Report on vaccination in Madras 1877-1894 - 1877-1894
Year: 1877
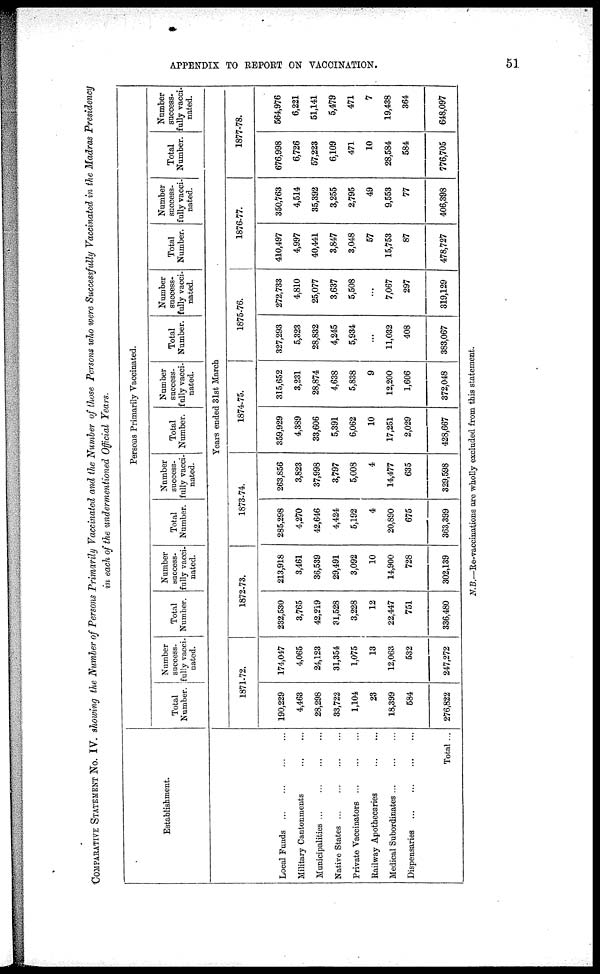
APPENDIX TO REPORT ON VACCINATION.
51
COMPARATIVE STATEMENT NO. IV. showing the Number of Persons Primarily Vaccinated and the Number of those Persons who were Successfully Vaccinated in the Madras Presidency
in each of the undermentioned Official Years.
Establishment.
Local Funds
...
...
...
...
Military Cantonments
...
...
Municipalities
...
...
...
...
Native States
...
...
...
...
Private Vaccinators
...
...
...
Railway Apothecaries
...
...
Medical Subordinates
...
...
...
Dispensaries
...
...
...
...
Total ...
Persons Primarily Vaccinated.
Total
Number.
Number
success-
fully vacci-
nated.
Total
Number.
Number
success-
fully vacci-
nated.
Total
Number.
Number
success-
fully vacci-
nated.
Total
Number.
Number
success-
fully vacci-
nated.
Total
Number.
Number
success-
fully vacci-
nated.
Total
Number.
Number
success-
fully vacci-
nated.
Total
Number.
Number
success-
fully vacci-
nated.
Years ended 31st March
1871-72.
190,229
4,463
28,298
33,722
1,104
23
18,399
584
276,822
174,047
4,065
24,123
31,354
1,075
13
12,063
532
247,272
1872.73.
232,530
3,765
42,219
31,528
3,228
12
22,447
751
336,480
213,918
3,461
36,539
29,491
3,092
10
14,900
728
302,139
1873-74.
285,298
4,270
42,646
4,424
5,192
4
20,890
675
363,399
263,856
3,823
37,998
3,797
5,008
4
14,477
635
329,598
1874-75.
359,929
4,389
33,606
5,391
6,062
10
17,251
2,029
428,667
315,652
3,231
28,874
4,638
5,838
9
12,200
1,606
372,048
1875-76.
327,293
5,323
28,832
4,245
5,934
...
11,032
408
383,067
272,738
4,810
25,077
3,637
5,508
...
7,067
297
319,129
1876-77.
410,497
4,997
40,441
3,847
3,048
57
15,753
87
478,727
350,763
4,514
35,392
3,255
2,795
49
9,553
77
406,398
1877-78.
676,998
6,726
57,223
6,109
471
10
28,584
584
776,705
564,976
6,221
51,141
5,479
471
7
19,438
364
648,097
N.B.—Re-vaccinations are wholly excluded from this statement.